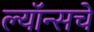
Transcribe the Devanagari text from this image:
ल्यॉन्सचे